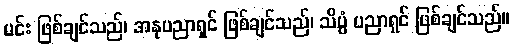
မင်း ဖြစ်ချင်သည်၊ အနုပညာရှင် ဖြစ်ချင်သည်၊ သိပ္ပံ ပညာရှင် ဖြစ်ချင်သည်။